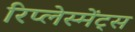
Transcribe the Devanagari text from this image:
रिप्लेस्मेंट्स